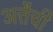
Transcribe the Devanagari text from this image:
अत्तैची